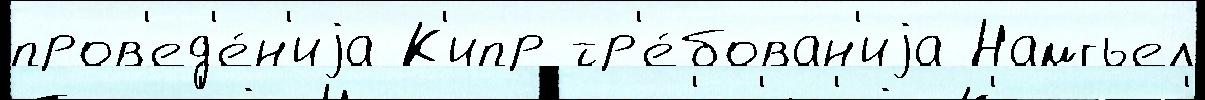
пров'ед'е́н'иjа К'ипр тр'е́бован'иjа Намгьел